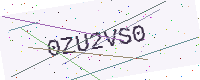
Text: 0ZU2VS0